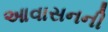
આવાસનની